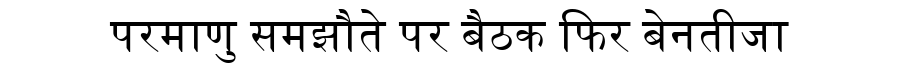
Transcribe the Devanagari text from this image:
परमाणु समझौते पर बैठक फिर बेनतीजा